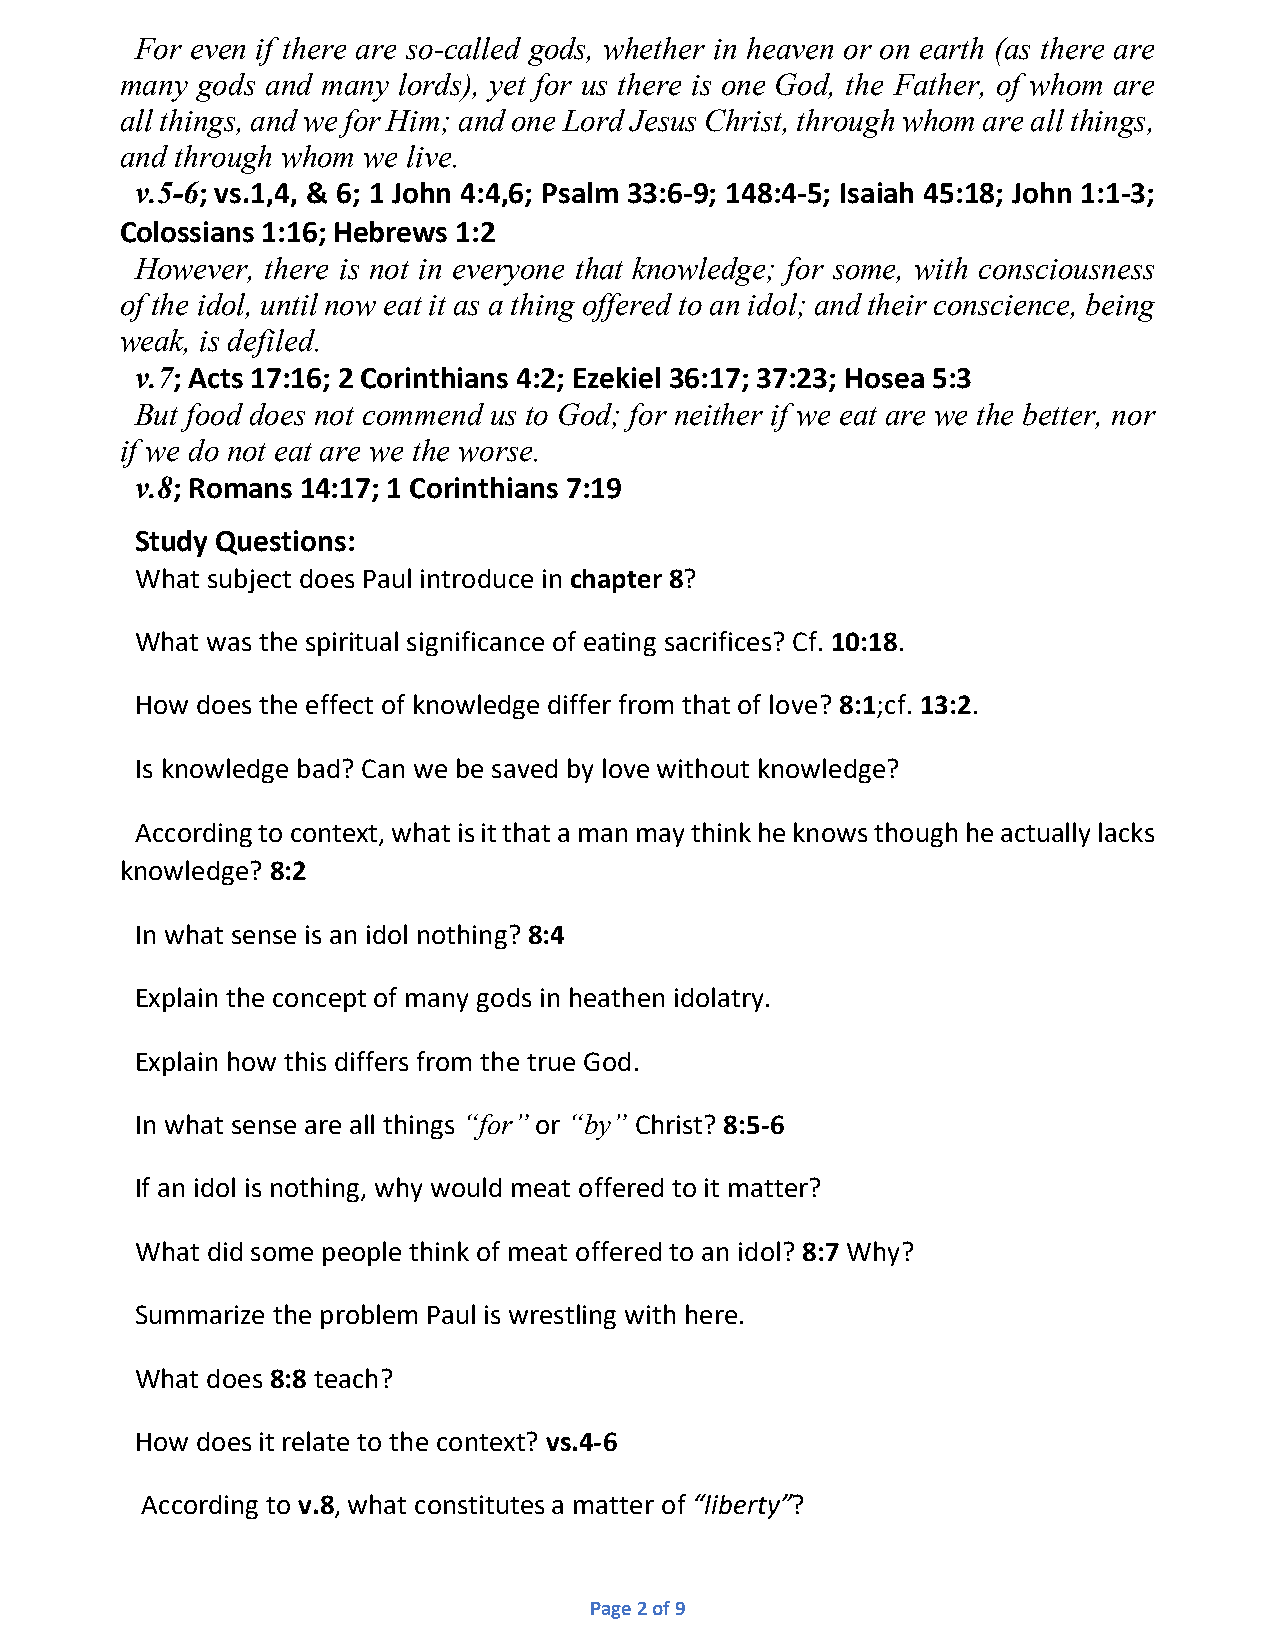
For even if there are so-called gods, whether in heaven or on earth (as there are
 many gods and many lords), yet for us there is one God, the Father, of whom are
 all things, and we for Him; and one Lord Jesus Christ, through whom are all things,
 and through whom we live.
 v.5-6; vs.1,4, & 6; 1 John 4:4,6; Psalm 33:6-9; 148:4-5; Isaiah 45:18; John 1:1-3;
 Colossians 1:16; Hebrews 1:2
 However, there is not in everyone that knowledge; for some, with consciousness
 of the idol, until now eat it as a thing offered to an idol; and their conscience, being
 weak, is defiled.
 v.7; Acts 17:16; 2 Corinthians 4:2; Ezekiel 36:17; 37:23; Hosea 5:3
 But food does not commend us to God; for neither if we eat are we the better, nor
 if we do not eat are we the worse.
 v.8; Romans 14:17; 1 Corinthians 7:19
 Study Questions:
 What subject does Paul introduce in chapter 8?
 What was the spiritual significance of eating sacrifices? Cf. 10:18.
 How does the effect of knowledge differ from that of love? 8:1;cf. 13:2.
 Is knowledge bad? Can we be saved by love without knowledge?
 According to context, what is it that a man may think he knows though he actually lacks
 knowledge? 8:2
 In what sense is an idol nothing? 8:4
 Explain the concept of many gods in heathen idolatry.
 Explain how this differs from the true God.
 In what sense are all things “for” or “by” Christ? 8:5-6
 If an idol is nothing, why would meat offered to it matter?
 What did some people think of meat offered to an idol? 8:7 Why?
 Summarize the problem Paul is wrestling with here.
 What does 8:8 teach?
 How does it relate to the context? vs.4-6
 According to v.8, what constitutes a matter of “liberty”?
 Page 2 of 9